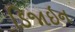
ડિજાઇન